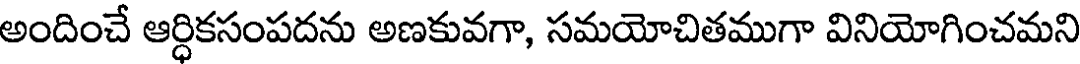
అందించే ఆర్ధికసంపదను అణకువగా, సమయోచితముగా వినియోగించమని